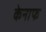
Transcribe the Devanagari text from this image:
केनाफ